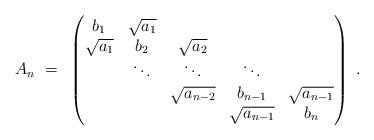
LaTeX: \begin{align*} A_n ~=~\begin{pmatrix}b_{1} & \sqrt{a_{1}} \\ \sqrt{a_{1}} & {b_{2}} & \sqrt{a_{2}} \\ & \ddots & \ddots & \ddots \\& & \sqrt{a_{n-2}} & {b_{n-1}} & \sqrt{a_{n-1}} \\& & & \sqrt{a_{n-1}} & {b_{n}} \end{pmatrix}~.\end{align*}